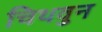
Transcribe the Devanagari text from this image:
चिथवुन